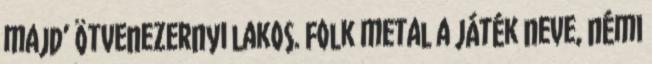
majd’ ötvenezernyi lakos. Folk metal a játék neve, némi